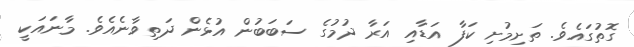
ގޮތުގައެވެ. ތަށިމުށި ކަފާ އަޑާއި އަރާ ދުމުގެ ސަބަބުން އުޅެން ދަތިވާނެއެވެ. މާނައަކީ